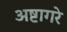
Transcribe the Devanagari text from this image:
अष्टागरे